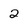
Character: 2